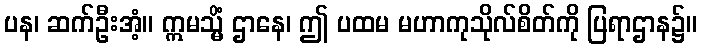
ပန၊ ဆက်ဦးအံ့။ ဣမသ္မိံ ဌာနေ၊ ဤ ပထမ မဟာကုသိုလ်စိတ်ကို ပြရာဌာန၌။